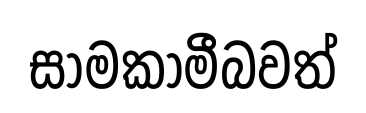
සාමකාමීබවත්